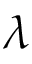
\lambda